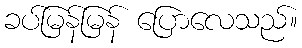
ခပ်မြန်မြန် ပြောလေသည်။